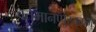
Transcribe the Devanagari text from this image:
वर्तमानप्पुस्तकम्